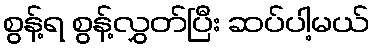
စွန့်ရ စွန့်လွှတ်ပြီး ဆပ်ပါ့မယ်